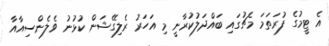
އެ ޓީމުގެ ފުރަތަމަ މެޗުގައި ބައްދަލުކުރާނީ މި އަހަރު ރެލިގޭޝަން ކުޅުނު ވެލެންސިއާއާ